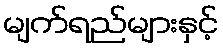
မျက်ရည်များနှင့်